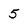
Character: 5